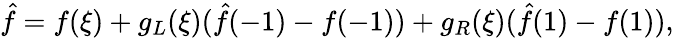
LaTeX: \hat{f}=f(\xi)+g_{L}(\xi)(\hat{f}(-1)-f(-1))+g_{R}(\xi)(\hat{f}(1)-f(1)),